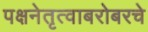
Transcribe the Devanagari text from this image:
पक्षनेतृत्वाबरोबरचे